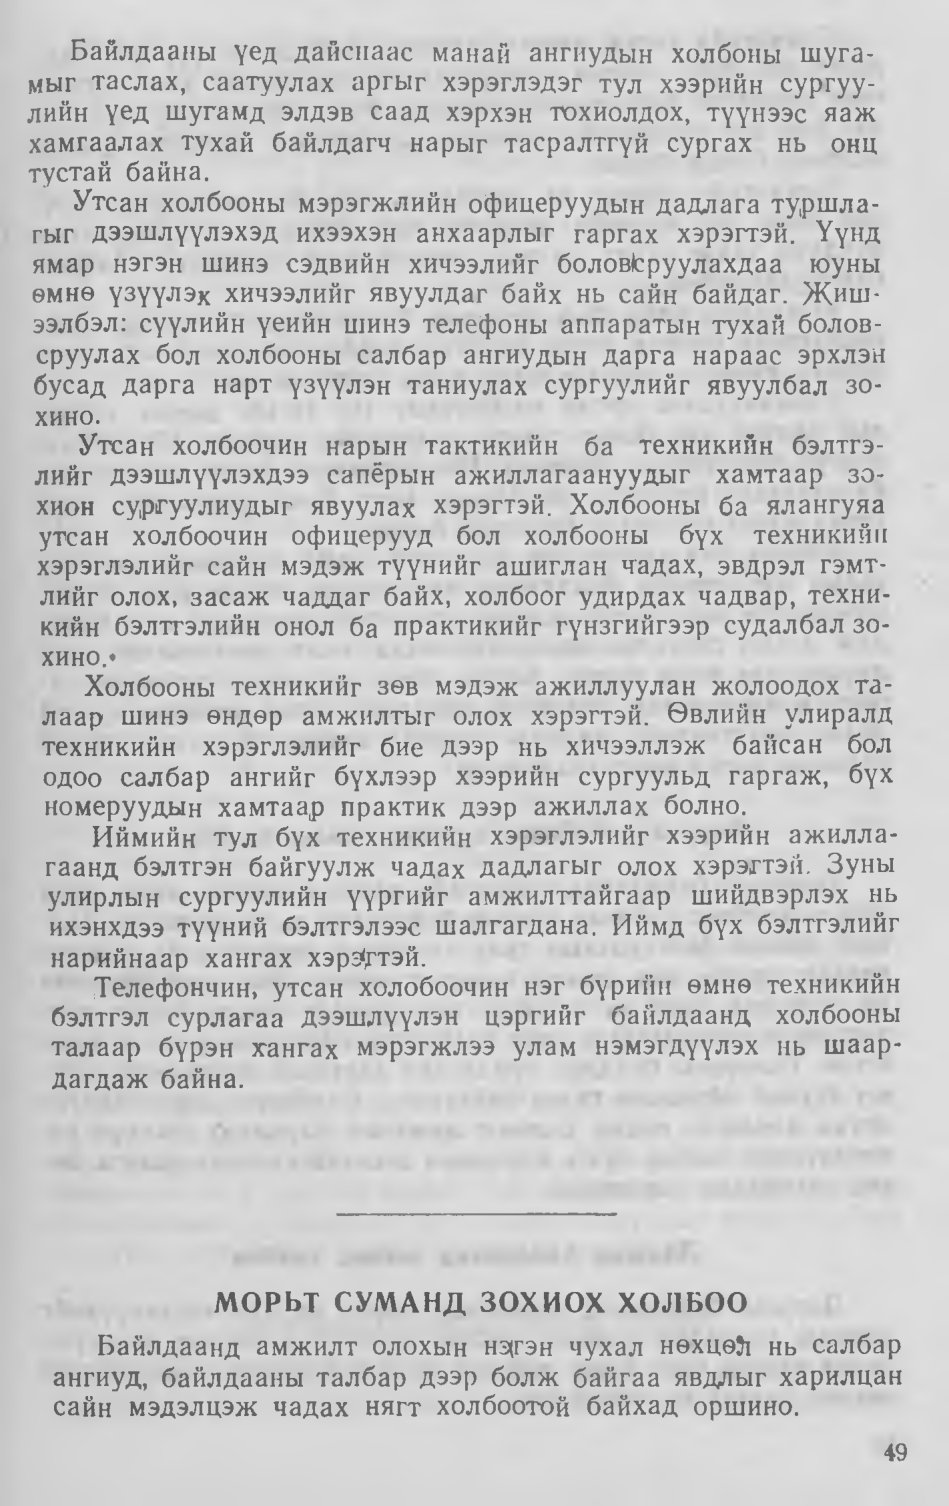
Language: mn